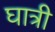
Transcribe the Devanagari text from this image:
घात्री